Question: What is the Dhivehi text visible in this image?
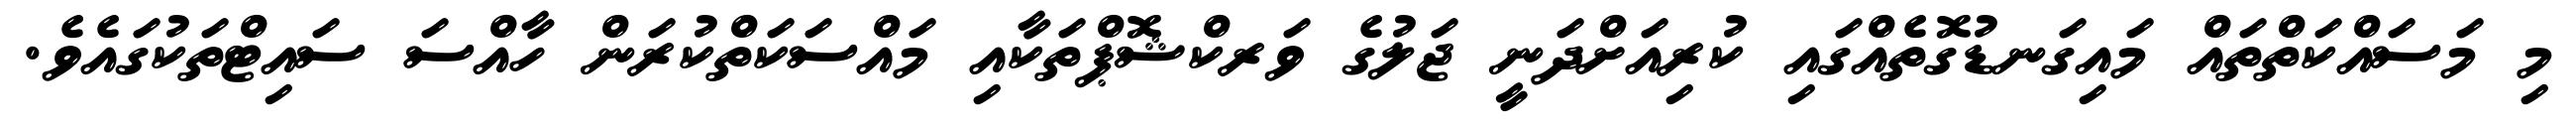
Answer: މި މަސައްކަތްތައް މައިގަނޑުގޮތެއްގައި ކުރިއަށްދަނީ ޖަލުގެ ވަރކްޝޮޕްތަކާއި މައްސަކަތްކުރަން ހާއްސަ ސައިޓްތަކުގައެވެ.